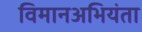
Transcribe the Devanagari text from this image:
विमानअभियंता